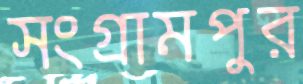
সংগ্রামপুর